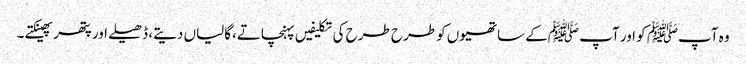
وہ آپﷺ کو اور آپ ﷺکے ساتھیوں کو طرح طرح کی تکلیفیں پہنچاتے،گالیاں دیتے، ڈھیلے اور پتھر پھینکتے۔